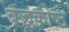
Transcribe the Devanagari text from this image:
बद्धकोष्ठ